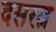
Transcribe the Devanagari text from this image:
दसरत्न